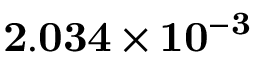
\mathbf { 2 . 0 3 4 \times 1 0 ^ { - 3 } }